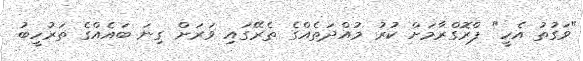
"ވަގުތު އެހީ" ޕްރޮގްރާމަށް ކުރު މުއްދަތެއްގެ ތެރޭގައި ވަރަށް ގިނަ ބައެއްގެ ތަރުހީބު